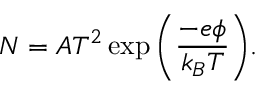
N = A T ^ { 2 } \exp \Bigg ( \frac { - e \phi } { k _ { B } T } \Bigg ) .